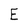
Character: E